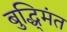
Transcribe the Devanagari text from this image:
बुद्धि्मंत